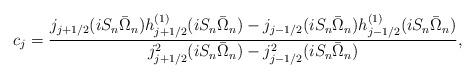
LaTeX: \begin{align*}c_j={{j_{j+1/2}(i S_n \bar{\Omega}_n) h_{j+1/2}^{(1)}(i S_n \bar{\Omega}_n)- j_{j-1/2}(i S_n \bar{\Omega}_n) h_{j-1/2}^{(1)}(i S_n \bar{\Omega}_n)}\over{j_{j+1/2}^2(i S_n \bar{\Omega}_n) -j_{j-1/2}^2(i S_n \bar{\Omega}_n)}},\end{align*}